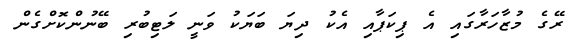
ރޭގެ މުޒާހަރާގައި އެ ޕިކަޕާއި އެކު ދިޔަ ބަޔަކު ވަނީ ލަޓިބުރި ބޭނުންކޮށްގެން